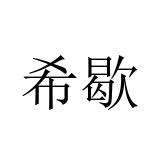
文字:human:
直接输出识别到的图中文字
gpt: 希歇